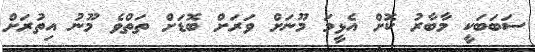
ސަބަބަކީ މާބާރު ކޮށް އެޅީމަ މޫނަށް ވަރަށް ބޮޑަށް ތަތްވެ މޫނު އިތުރަށް